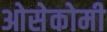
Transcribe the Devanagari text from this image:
ओसेकोमी